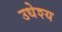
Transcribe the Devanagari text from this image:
उधेश्य